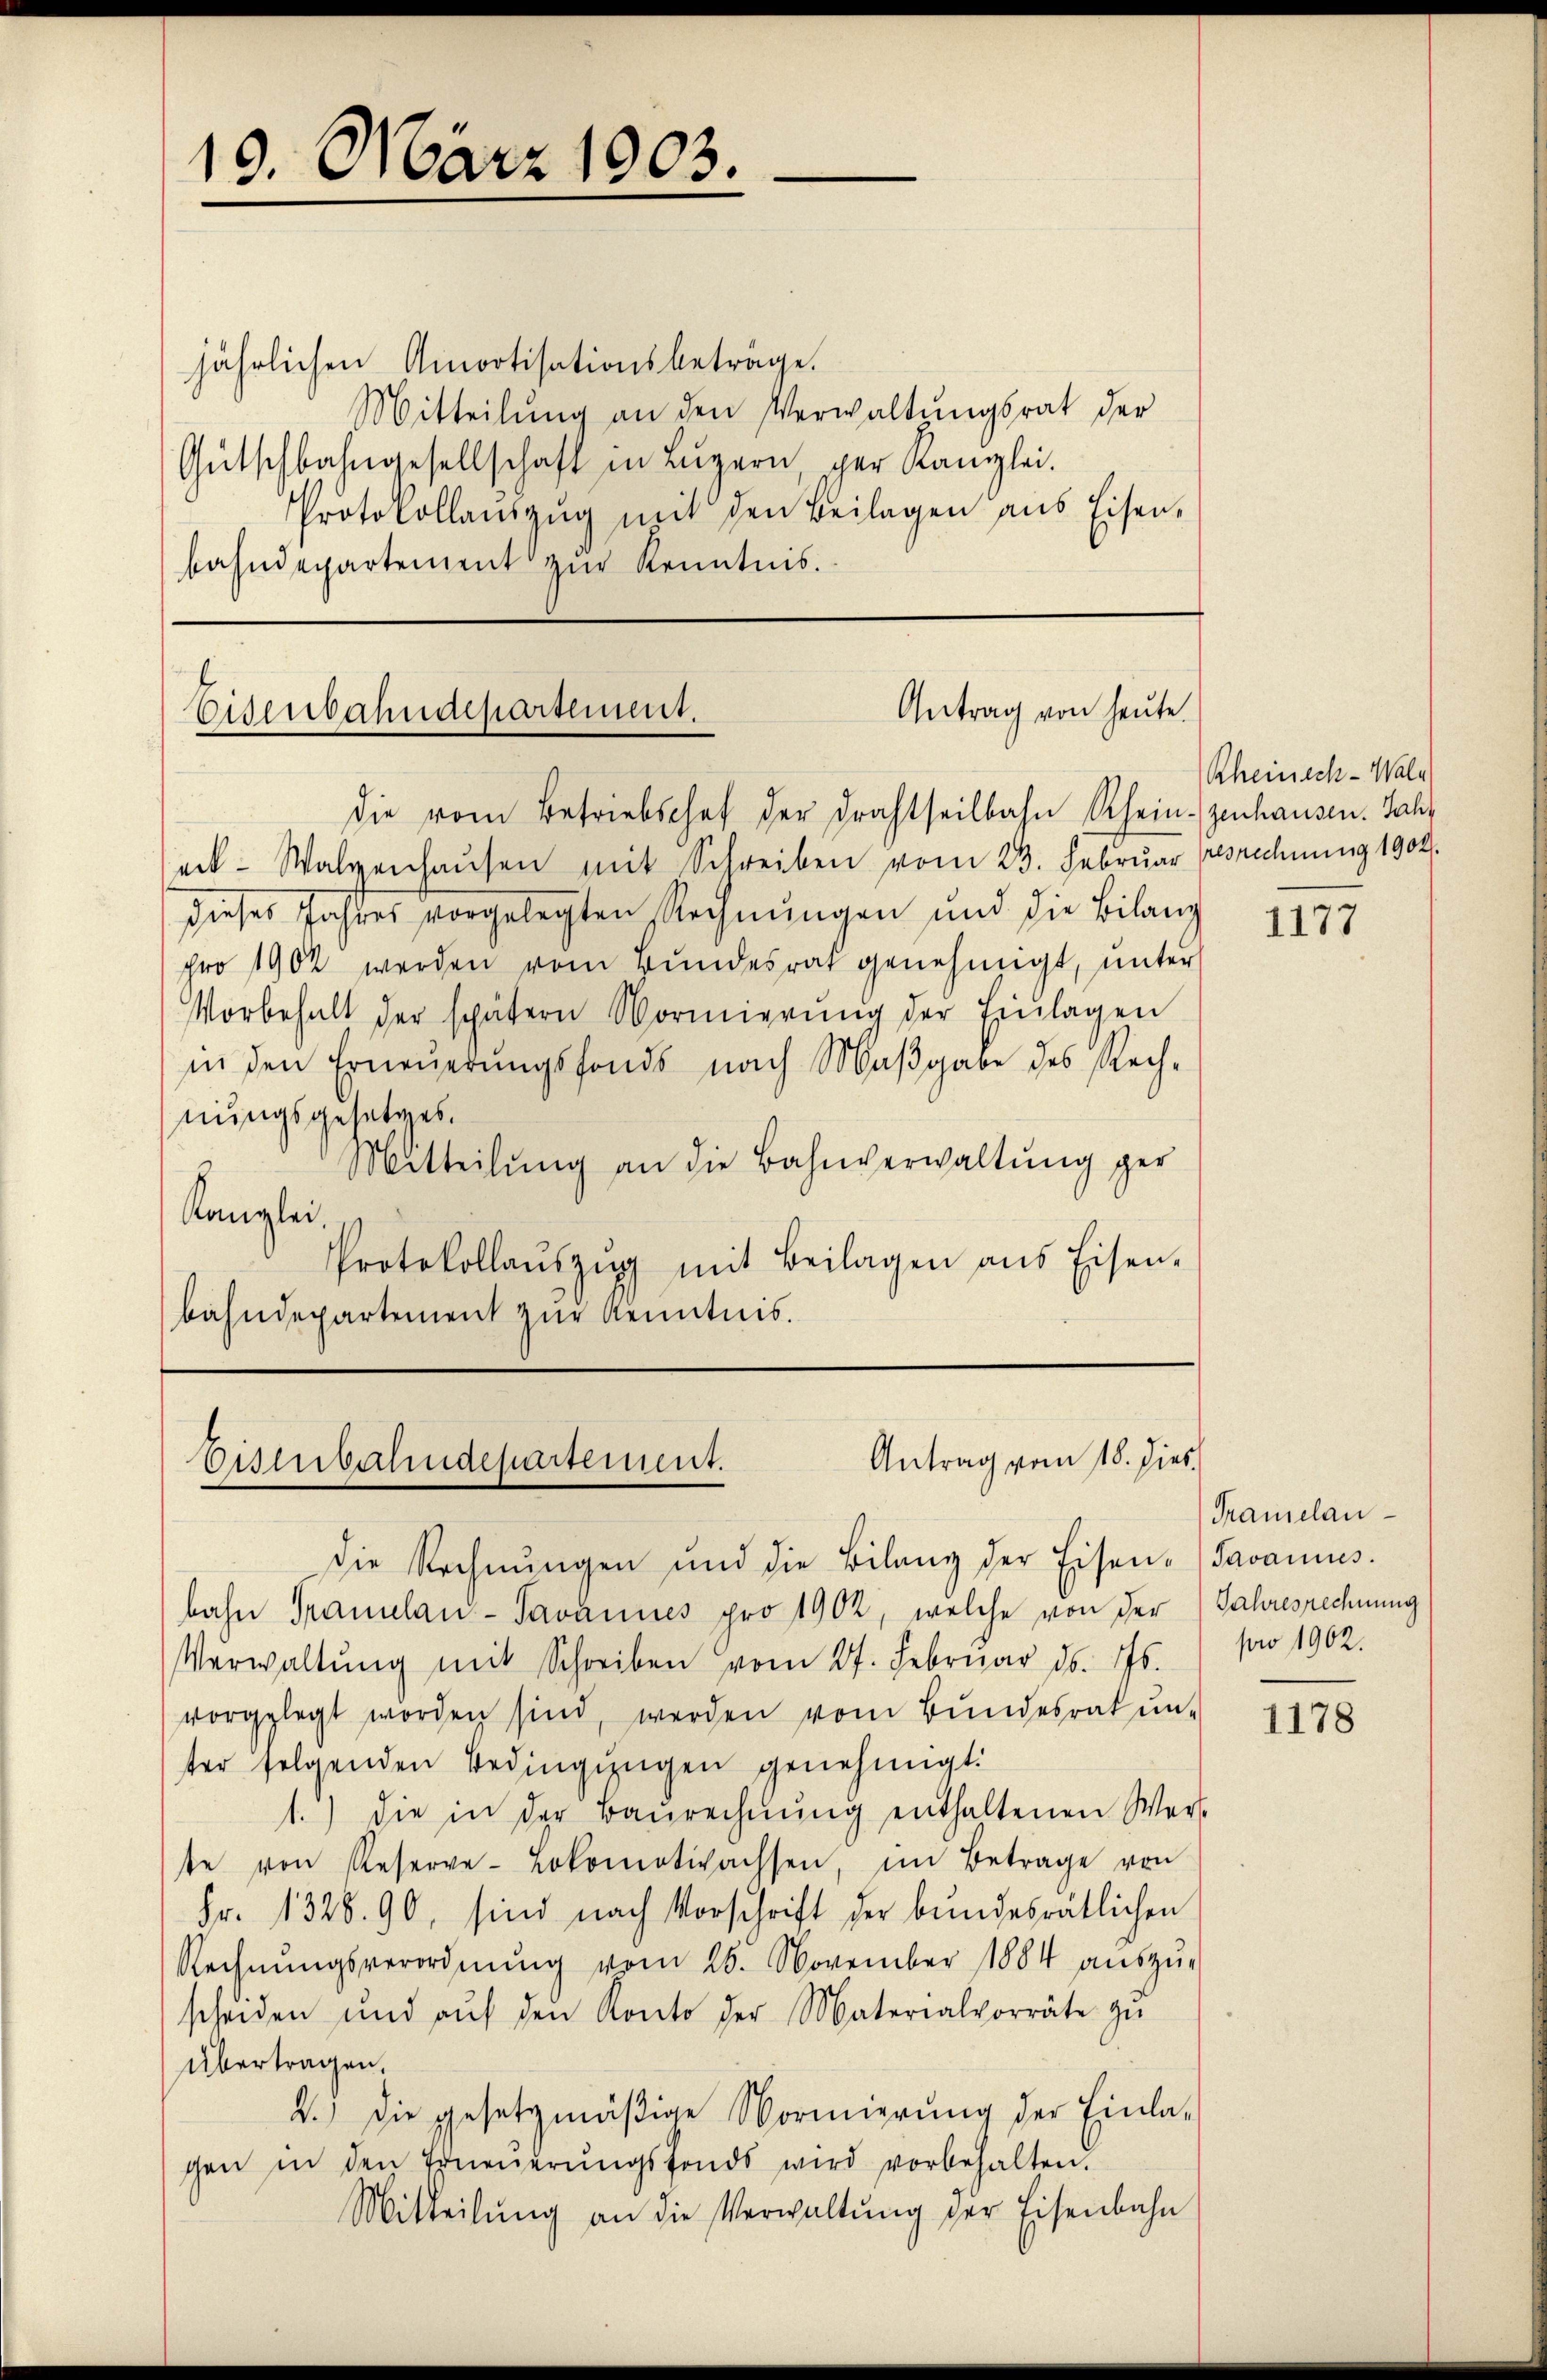
19. März 1903.

jährlichen Amortisationsbeträge.
Mitteilŭng an den Verwaltungsrat der
Gŭtschbahngesellschaft in Lŭzern per Kanzlei.
Protokollauszug mit den Beilagen aus Eisen,
bahndepartement zur Kenntnis.

Antrag von heute.
Eisenbahndepartement.

die vom Betriebschof der Drahtheilbahn Rheinzenhausen. Jahr
eek-Walzenhaŭsen mit Schreiben vom 23. Februar pesrechnung 1904.
dieses Jahres vorgelegten Rechnŭngen und die Bilanz
pro 1902 werden vom Bŭndesrat genehmigt, ŭnter
Vorbehalt der spätern Vormierŭng der Einlagen
in den Erneuerungsfonds nach Maβgabe des Rechnungsgesetzes.
Mitteilŭng an die Bahnverwaltŭng ger
Kanzlei.
Protokollaŭszŭg mit Beilagen ans Eisen-
bahndepartement zur Kenntnis.

die Rechnŭngen und die Bilanz der Eisen-Javanius.
bahn Tramelan-Tavannes pro 1902, welche von der Jahresrechnung
Verwaltŭng mit Schreiben vom 27. Februar ds. 776.
vorgelegt worden sind, werden vom Bŭndesrat ŭn-
ter folgenden Bedingŭngen genehmigt.
1.) die in der Baŭrechnŭng enthaltenen Wert
te von Reserve-Lokomotivachsen, im Betrage von
Fr. 1328. 90, sind nach Vorschrift der bundesrätlichen
Rechnŭngsverordnŭng vom 26. November 1884 aŭszŭ-
scheiden und aŭf den Konto der Materialvorräte zŭ
Übertragen.
2.) Die gesetzmäßige Vormierung der Einla-
gen in den Erneŭerŭngsfonds wird vorbehalten.
Mitteilŭng an die Verwaltŭng der Eisenbahn

Antrag vom 18. dies
Eisenbahndepartement.

Rheinach-Wald

1177

Pramelaupro 1902.

1178